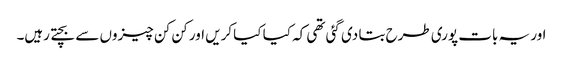
اور یہ بات پوری طرح بتا دی گئی تھی کہ کیا کیا کریں اور کن کن چیزوں سے بچتے رہیں۔